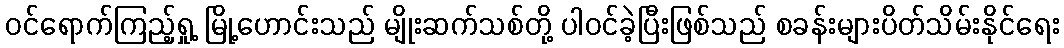
ဝင်ရောက်ကြည့်ရှု့ မြို့ဟောင်းသည် မျိုးဆက်သစ်တို့ ပါဝင်ခဲ့ပြီးဖြစ်သည် စခန်းများပိတ်သိမ်းနိုင်ရေး